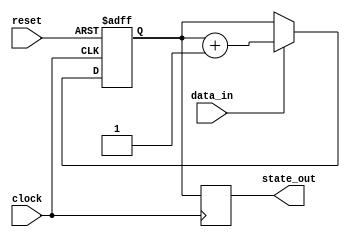
module sequential_logic (
    input wire clock,         // Clock signal
    input wire reset,         // Asynchronous reset signal
    input wire data_in,       // Input data signal
    output reg [3:0] state_out // 4-bit output state
);

// State variable
reg [3:0] state;

// Always block sensitive to the rising edge of the clock
always @(posedge clock or posedge reset) begin
    if (reset) begin
        // Reset logic: Initialize state to zero
        state <= 4'b0000;
    end else begin
        // Sequential logic: Update state based on input data
        if (data_in) begin
            state <= state + 1; // Increment state if data_in is high
        end else begin
            state <= state; // Maintain current state if data_in is low
        end
    end
end

// Output generation: Assign state to output
always @(posedge clock) begin
    state_out <= state; // Update output state synchronously
end

endmodule